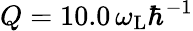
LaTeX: Q=10.0\, \omega_{\mathrm{L}}\hbar^{-1}